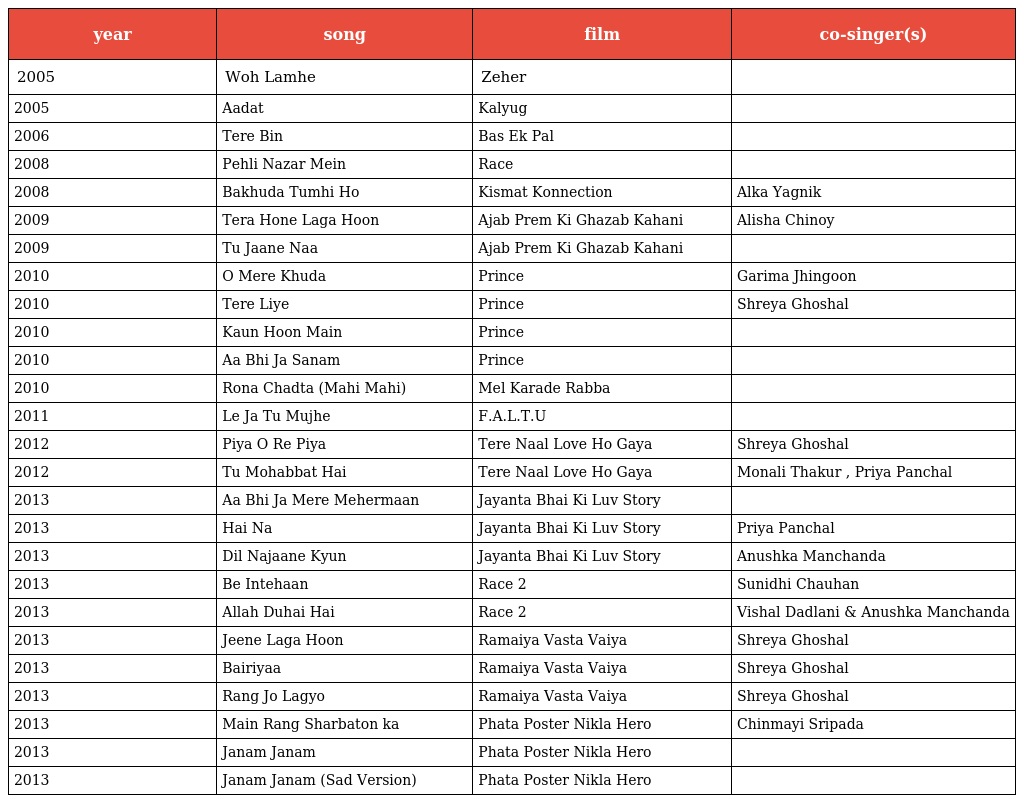
| year | song | film | co-singer(s) |
 | --- | --- | --- | --- |
 | 2005 | Woh Lamhe | Zeher |  |
 | 2005 | Aadat | Kalyug |  |
 | 2006 | Tere Bin | Bas Ek Pal |  |
 | 2008 | Pehli Nazar Mein | Race |  |
 | 2008 | Bakhuda Tumhi Ho | Kismat Konnection | Alka Yagnik |
 | 2009 | Tera Hone Laga Hoon | Ajab Prem Ki Ghazab Kahani | Alisha Chinoy |
 | 2009 | Tu Jaane Naa | Ajab Prem Ki Ghazab Kahani |  |
 | 2010 | O Mere Khuda | Prince | Garima Jhingoon |
 | 2010 | Tere Liye | Prince | Shreya Ghoshal |
 | 2010 | Kaun Hoon Main | Prince |  |
 | 2010 | Aa Bhi Ja Sanam | Prince |  |
 | 2010 | Rona Chadta (Mahi Mahi) | Mel Karade Rabba |  |
 | 2011 | Le Ja Tu Mujhe | F.A.L.T.U |  |
 | 2012 | Piya O Re Piya | Tere Naal Love Ho Gaya | Shreya Ghoshal |
 | 2012 | Tu Mohabbat Hai | Tere Naal Love Ho Gaya | Monali Thakur , Priya Panchal |
 | 2013 | Aa Bhi Ja Mere Mehermaan | Jayanta Bhai Ki Luv Story |  |
 | 2013 | Hai Na | Jayanta Bhai Ki Luv Story | Priya Panchal |
 | 2013 | Dil Najaane Kyun | Jayanta Bhai Ki Luv Story | Anushka Manchanda |
 | 2013 | Be Intehaan | Race 2 | Sunidhi Chauhan |
 | 2013 | Allah Duhai Hai | Race 2 | Vishal Dadlani & Anushka Manchanda |
 | 2013 | Jeene Laga Hoon | Ramaiya Vasta Vaiya | Shreya Ghoshal |
 | 2013 | Bairiyaa | Ramaiya Vasta Vaiya | Shreya Ghoshal |
 | 2013 | Rang Jo Lagyo | Ramaiya Vasta Vaiya | Shreya Ghoshal |
 | 2013 | Main Rang Sharbaton ka | Phata Poster Nikla Hero | Chinmayi Sripada |
 | 2013 | Janam Janam | Phata Poster Nikla Hero |  |
 | 2013 | Janam Janam (Sad Version) | Phata Poster Nikla Hero |  |